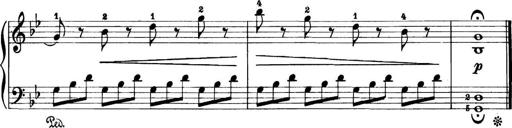
Title: 11 Sonatinas
Composer: Anton Diabelli